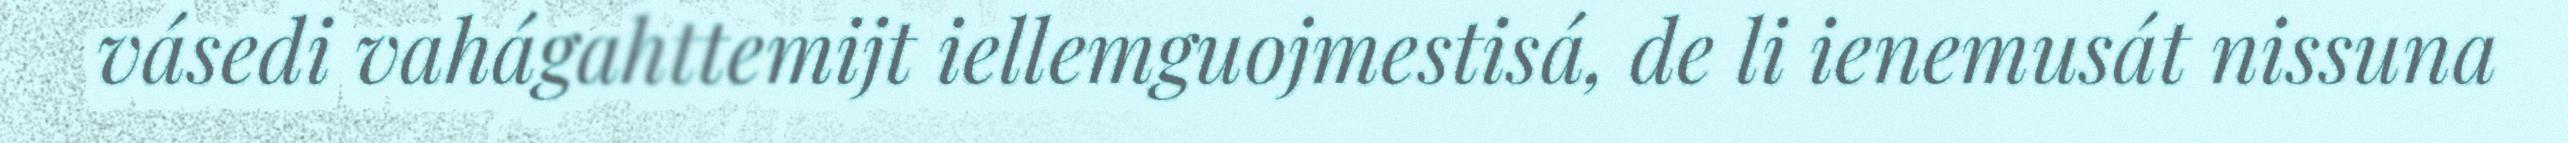
vásedi vahágahttemijt iellemguojmestisá, de li ienemusát nissuna